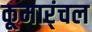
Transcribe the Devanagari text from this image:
कूमार्ंचल